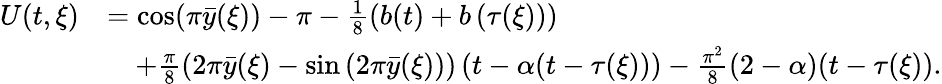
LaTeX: \begin{array}{rl}{U(t,\xi)}&{=\cos(\pi\bar{y}(\xi))-\pi-\frac{1}{8}\left(b(t)+b\left(\tau(\xi)\right)\right)}\\ &{\quad+\frac{\pi}{8}\left(2\pi\bar{y}(\xi)-\sin\left(2\pi\bar{y}(\xi)\right)\right)\left(t-\alpha(t-\tau(\xi))\right)-\frac{\pi^{2}}{8}(2-\alpha)(t-\tau(\xi)).}\end{array}